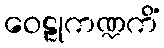
ဝေဠုကဏ္ဍကိံ